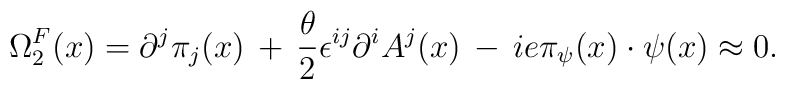
\Omega^{F}_{2}(x)=\partial^j\pi_j(x)\,+\,\frac{\theta}{2}\epsilon^{ij}\partial^{i} A^{j}(x)\,-\,ie\pi_{\psi}(x) \cdot \psi(x)\approx 0.